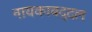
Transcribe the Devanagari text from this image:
नायकाबद्दल